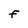
Character: F